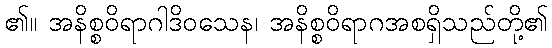
၏။ အနိစ္စဝိရာဂါဒိဝသေန၊ အနိစ္စဝိရာဂအစရှိသည်တို့၏